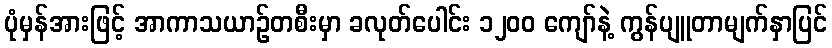
ပုံမှန်အားဖြင့် အာကာသယာဉ်တစီးမှာ ခလုတ်ပေါင်း ၁၂၀၀ ကျော်နဲ့ ကွန်ပျူတာမျက်နှာပြင်